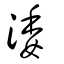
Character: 涹